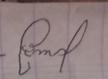
Signature authenticity: forged